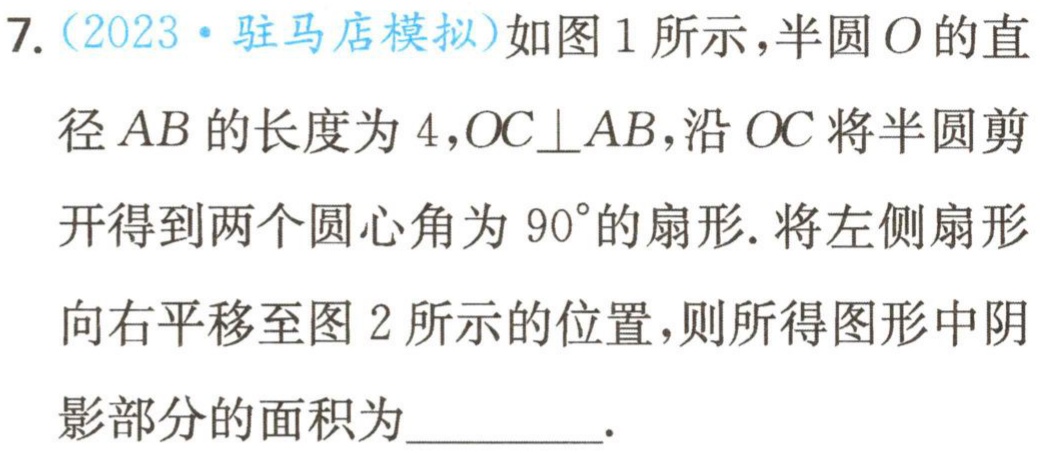
7.（2023·驻马店模拟）如图1所示，半圆\(O\)的直径\(AB\)的长度为\(4\)，\(OC\perp AB\)，沿\(OC\)将半圆剪开得到两个圆心角为\(90^{\circ}\)的扇形. 将左侧扇形向右平移至图2所示的位置，则所得图形中阴影部分的面积为__________.